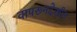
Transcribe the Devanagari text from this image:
वापरूनदेखील